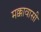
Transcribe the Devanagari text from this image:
मक्कावासी